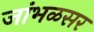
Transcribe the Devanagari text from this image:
जांभळसर